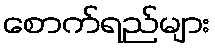
စောက်ရည်များ